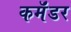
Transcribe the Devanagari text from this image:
कमॅंडर